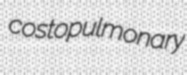
costopulmonary